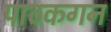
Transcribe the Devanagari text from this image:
पाठकगन